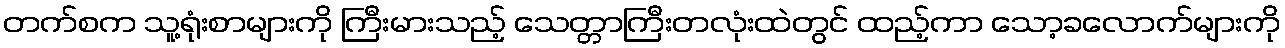
တက်စက သူ့ရုံးစာများကို ကြီးမားသည့် သေတ္တာကြီးတလုံးထဲတွင် ထည့်ကာ သော့ခလောက်များကို